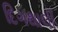
દિગથાલી